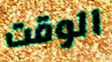
الوقت